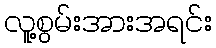
လူ့စွမ်းအားအရင်း